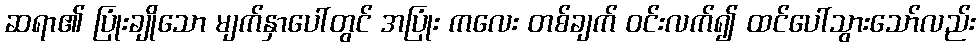
ဆရာ၏ ပြုံးချိုသော မျက်နှာပေါ်တွင် အပြုံး ကလေး တစ်ချက် ဝင်းလက်၍ ထင်ပေါ်သွားသော်လည်း